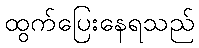
ထွက်ပြေးနေရသည်